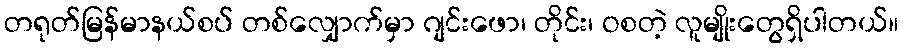
တရုတ်မြန်မာနယ်စပ် တစ်လျှောက်မှာ ဂျင်းဖော၊ တိုင်း၊ ဝစတဲ့ လူမျိုးတွေရှိပါတယ်။